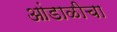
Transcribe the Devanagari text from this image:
आंडाळीचा